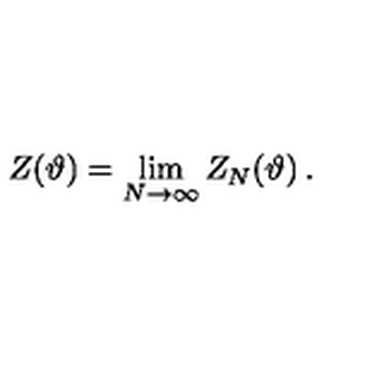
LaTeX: Z ( \vartheta ) = \lim _ { N \rightarrow \infty } Z _ { N } ( \vartheta ) \: .